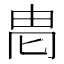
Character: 𱰨